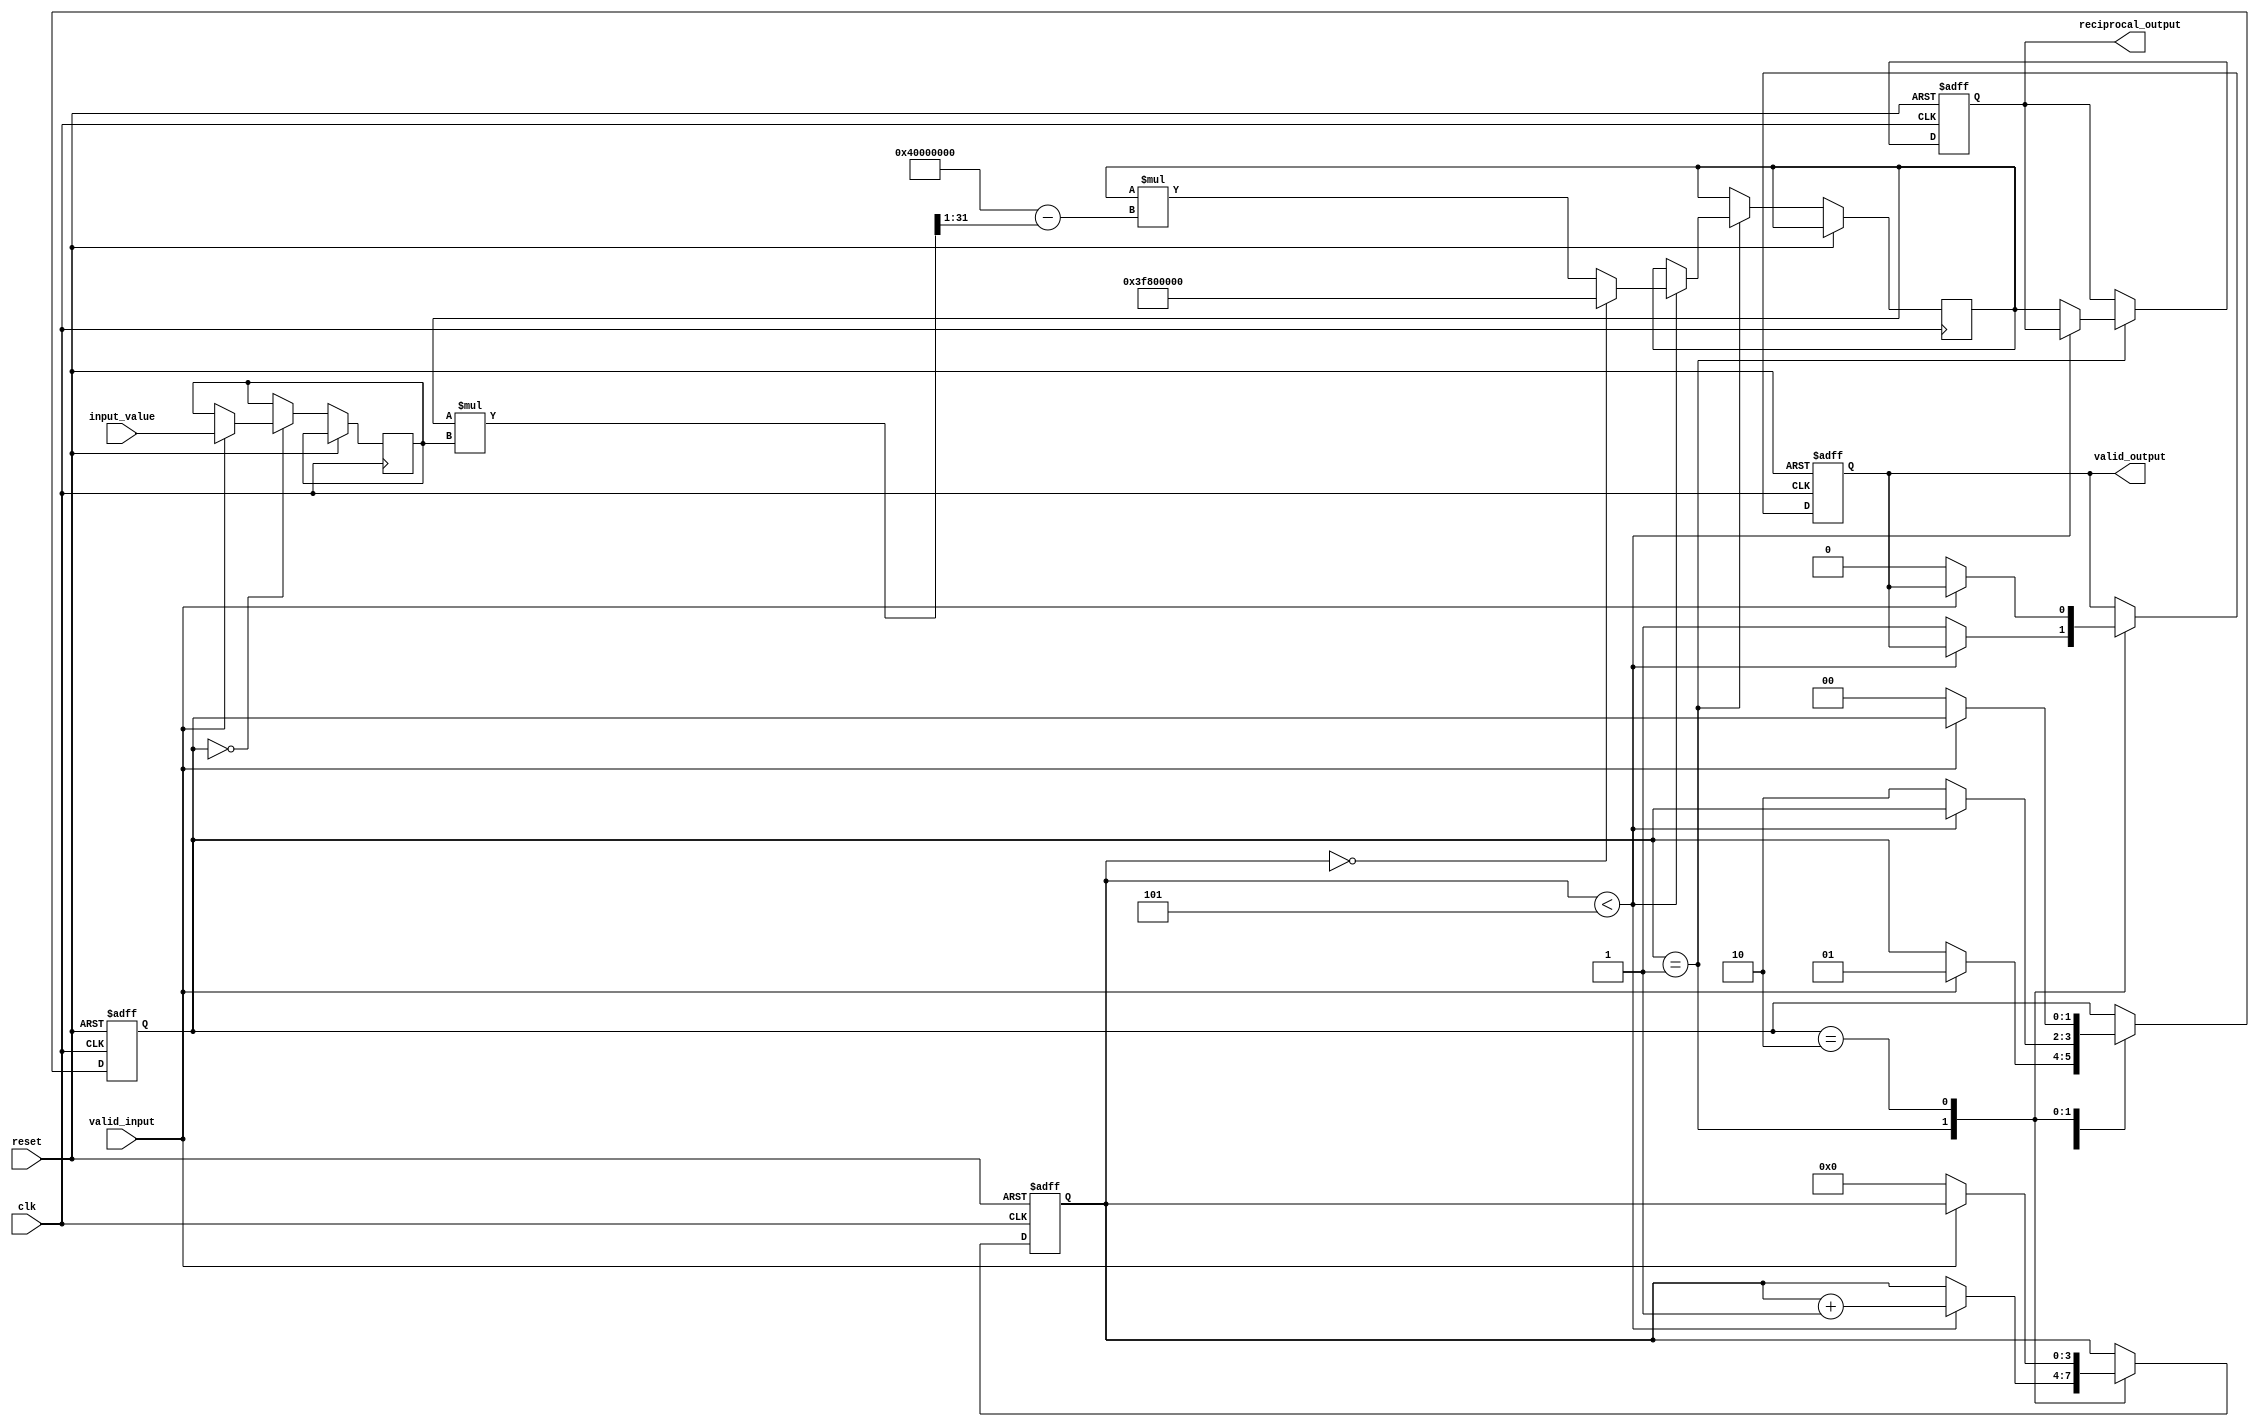
module systolic_array_reciprocal (
    input clk,
    input reset,
    input [31:0] input_value, // 32-bit input value
    input valid_input,
    output reg [31:0] reciprocal_output, // 32-bit reciprocal output
    output reg valid_output
);

    // Parameters
    parameter NUM_PES = 2; // Number of Processing Elements
    parameter MAX_ITERATIONS = 5; // Number of iterations for Newton-Raphson

    // Processing Elements
    reg [31:0] pe_input[0:NUM_PES-1];
    reg [31:0] pe_output[0:NUM_PES-1];
    reg [31:0] approximate_reciprocal;
    reg [3:0] iteration_count;

    // Control Signals
    reg start;
    reg [1:0] state;

    // State Machine
    localparam IDLE = 2'b00, PROCESS = 2'b01, OUTPUT = 2'b10;

    always @(posedge clk or posedge reset) begin
        if (reset) begin
            state <= IDLE;
            valid_output <= 0;
            iteration_count <= 0;
            reciprocal_output <= 0;
        end else begin
            case (state)
                IDLE: begin
                    if (valid_input) begin
                        // Initialize the first PE with input value
                        pe_input[0] <= input_value;
                        start <= 1;
                        state <= PROCESS;
                    end
                end

                PROCESS: begin
                    if (iteration_count < MAX_ITERATIONS) begin
                        // Iterate through PEs for reciprocal approximation
                        if (iteration_count == 0) begin
                            // Initial approximation (e.g., 1/x0)
                            approximate_reciprocal <= 32'h3F800000; // Starting with 1.0 in IEEE 754
                        end else begin
                            // Newton-Raphson iteration: x(n+1) = x(n) * (2 - x(n) * x0)
                            approximate_reciprocal <= approximate_reciprocal * (32'h40000000 - (approximate_reciprocal * pe_input[0] >> 1));
                        end
                        iteration_count <= iteration_count + 1;
                    end else begin
                        // Final output after iterations
                        reciprocal_output <= approximate_reciprocal;
                        valid_output <= 1;
                        state <= OUTPUT;
                    end
                end

                OUTPUT: begin
                    // Wait for output to be read
                    if (!valid_input) begin
                        valid_output <= 0;
                        iteration_count <= 0;
                        state <= IDLE;
                    end
                end
            endcase
        end
    end

endmodule